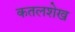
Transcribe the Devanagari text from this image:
कतलशेख